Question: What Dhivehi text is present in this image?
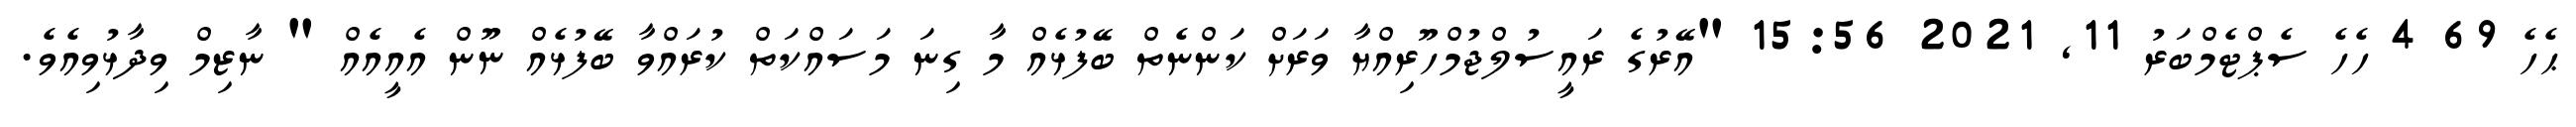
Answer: ޙެހެ 69 4 ހެހެ ސެޕްޓެމްބަރު 11, 2021 15:56 "އޭރުގެ ރައީސުލްޖުމްހޫރިއްޔާ ވަރަށް ކަންނެތް ބޭފުޅެއް މާ ގިނަ މަސައްކަތް ކުރައްވާ ބޭފުޅެއް ނޫން އެއީއެއް " ނާޒިމް ވިދާޅުވިއެވެ.